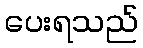
ပေးရသည်